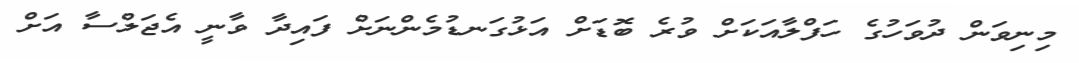
މިނިވަން ދުވަހުގެ ހަފްލާއަކަށް ވުރެ ބޮޑަށް އަޅުގަނޑުމެންނަށް ފައިދާ ވާނީ އެޖަލްސާ އަށް